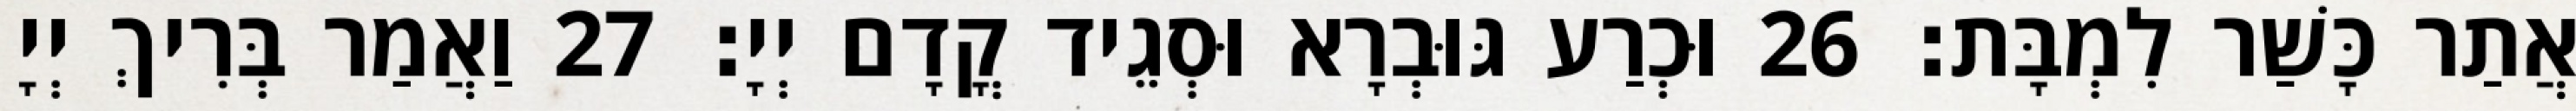
אֲתַר כָּשַׁר לִמְבָּת׃ 26 וּכְרַע גּוּבְרָא וּסְגֵיד קֳדָם יְיָ׃ 27 וַאֲמַר בְּרִיךְ יְיָ